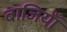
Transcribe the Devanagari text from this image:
बाजियाँ